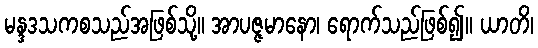
မန္ဒဒသကစသည်အဖြစ်သို့။ အာပဇ္ဇမာနော၊ ရောက်သည်ဖြစ်၍။ ယာတိ၊